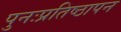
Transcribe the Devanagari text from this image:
पुनःप्रतिष्ठापन